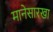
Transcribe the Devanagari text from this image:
मानेसारखा